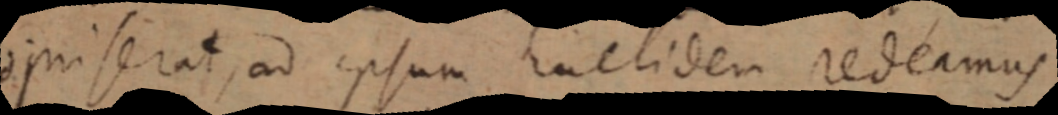
_ niserat, ad ipsum Euclidem redeamus